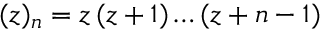
{ ( z ) _ { n } = z \, ( z + 1 ) \dots ( z + n - 1 ) }